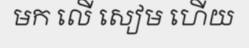
មក លើ សៀម ហើយ